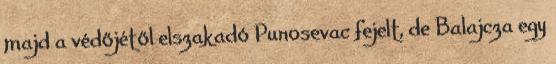
majd a védőjétől elszakadó Punosevac fejelt, de Balajcza egy